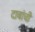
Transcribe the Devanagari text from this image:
दाबांची